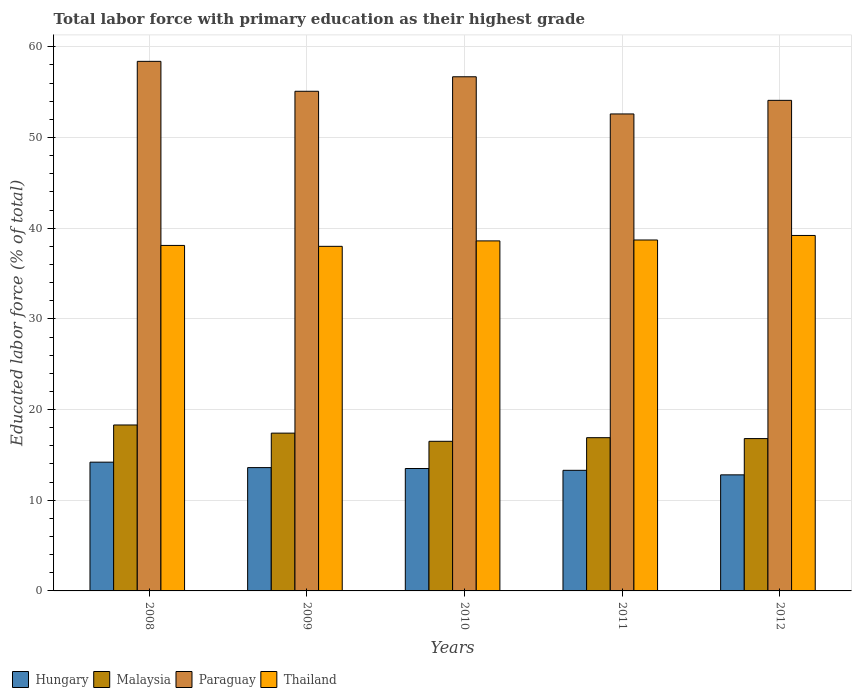
| Years | Hungary | Malaysia | Paraguay | Thailand |
 | --- | --- | --- | --- | --- |
 | 2008 | 14.2 | 18.3 | 58.4 | 38.1 |
 | 2009 | 13.6 | 17.4 | 55.1 | 38 |
 | 2010 | 13.5 | 16.5 | 56.7 | 38.6 |
 | 2011 | 13.3 | 16.9 | 52.6 | 38.7 |
 | 2012 | 12.8 | 16.8 | 54.1 | 39.2 |